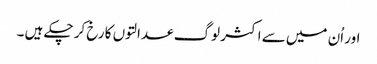
اور اُن میں سے اکثر لوگ عدالتوں کا رخ کر چکے ہیں ۔